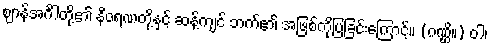
ဈာန်အင်္ဂါတို့၏ နီဝရဏတို့နှင့် ဆန့်ကျင် ဘက်၏ အဖြစ်ကိုပြခြင်းကြောင့်။ (ဂဏ္ဌိ။) ဝါ၊